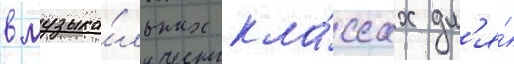
в музыка́льных кла́ссах дл'я́